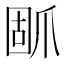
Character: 𰠃